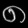
Digit: ၈